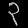
Digit: ၃